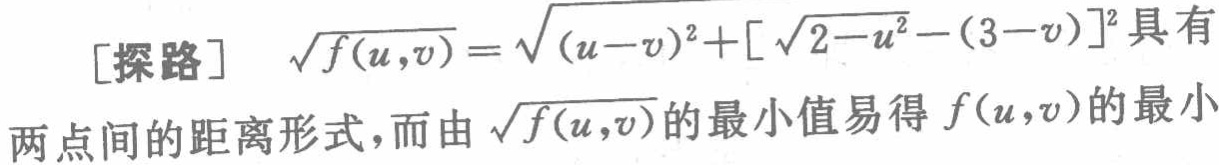
[探路] $\sqrt{f(u,v)} = \sqrt{(u - v)^2 + [\sqrt{2 - u^2} - (3 - v)]^2}$ 具有
两点间的距离形式，而由 $\sqrt{f(u,v)}$ 的最小值易得 $f(u,v)$ 的最小